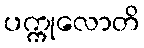
ပက္ကုလောတိ